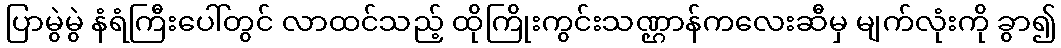
ပြာမွဲမွဲ နံရံကြီးပေါ်တွင် လာထင်သည့် ထိုကြိုးကွင်းသဏ္ဌာန်ကလေးဆီမှ မျက်လုံးကို ခွာ၍